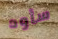
سأود